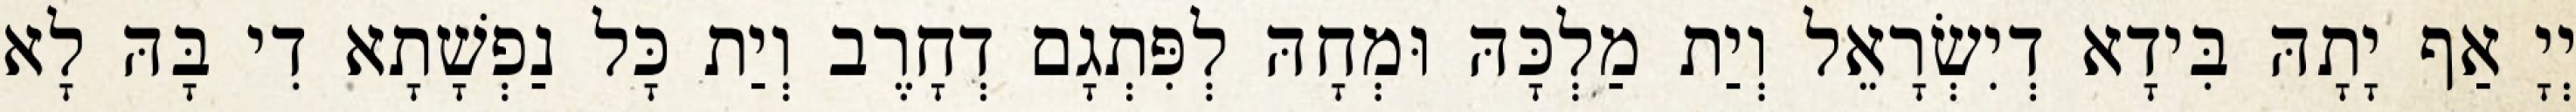
יְיָ אַף יָתָהּ בִּידָא דְיִשְׂרָאֵל וְיַת מַלְכָּהּ וּמְחָהּ לְפִּתְגָם דְחָרֶב וְיַת כָּל נַפְשָׁתָא דִי בָּהּ לָא